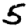
Digit: 5